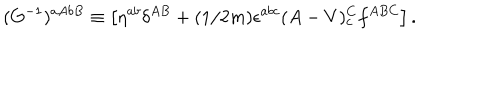
LaTeX: ( G ^ { - 1 } ) ^ { a A b B } \equiv \left[ \eta ^ { a b } \delta ^ { A B } + ( 1 / 2 m ) \epsilon ^ { a b c } ( A - V ) _ { c } ^ { C } f ^ { A B C } \right] .